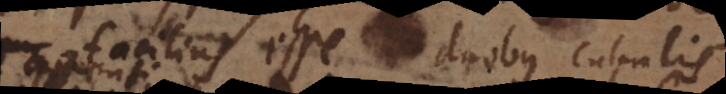
ius esse duobus calculis